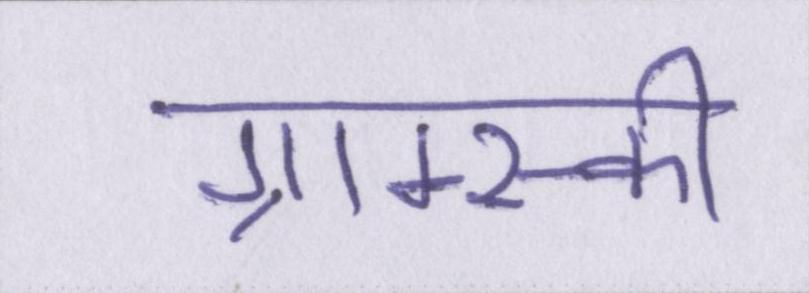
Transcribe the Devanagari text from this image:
ग्राम्स्की